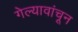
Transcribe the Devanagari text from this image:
गेल्यावांचून